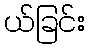
ယ်ခြင်း